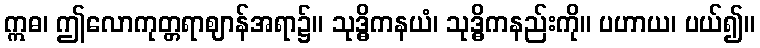
ဣဓ၊ ဤလောကုတ္တရာဈာန်အရာ၌။ သုဒ္ဓိကနယံ၊ သုဒ္ဓိကနည်းကို။ ပဟာယ၊ ပယ်၍။